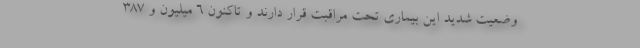
وضعیت شدید این بیماری تحت مراقبت قرار دارند و تاکنون ۶ میلیون و ۳۸۷